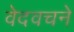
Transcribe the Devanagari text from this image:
वेदवचने